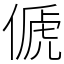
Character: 傂